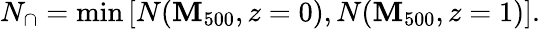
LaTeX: N_{\cap}=\operatorname*{min}\left[N(\mathbf{M}_{500},z=0),N(\mathbf{M}_{500},z=1)\right].